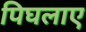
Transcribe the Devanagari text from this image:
पिघलाए